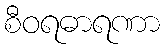
စီဝရဓာရဏာ